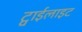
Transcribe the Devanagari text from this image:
ट्वाईलाइट